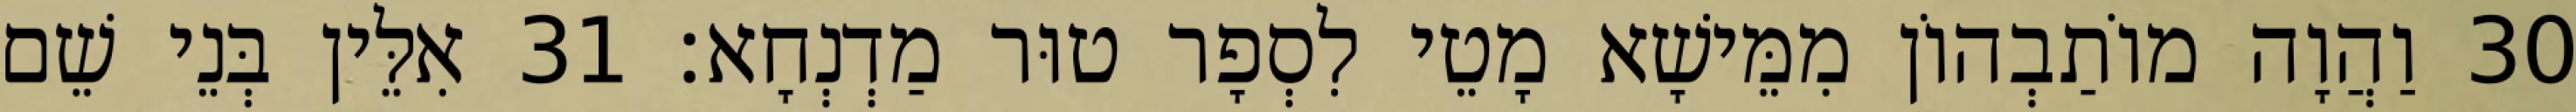
30 וַהֲוָה מוֹתַבְהוֹן מִמֵּישָׁא מָטֵי לִסְפָר טוּר מַדְנְחָא׃ 31 אִלֵּין בְּנֵי שֵׁם